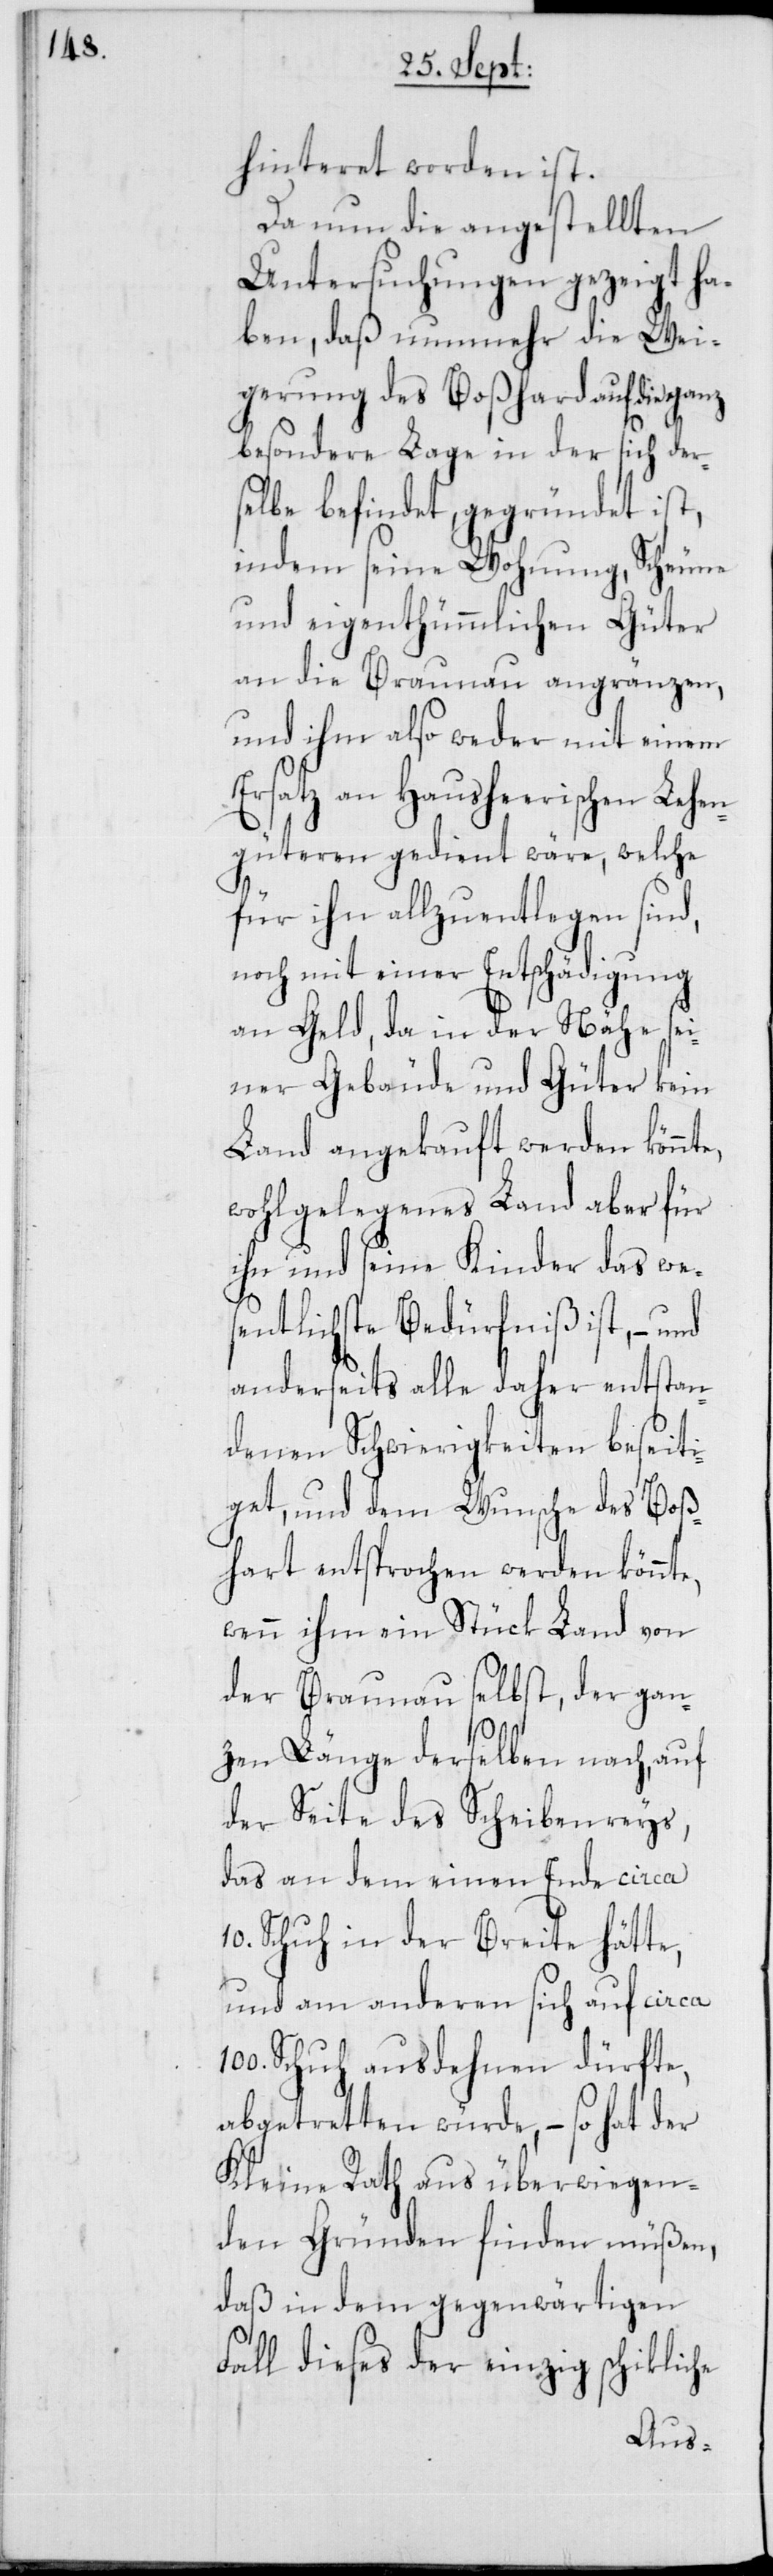
hinteret worden ist.
Da nun die angestellten
Untersuchungen gezeigt ha¬
ben, daß nunmehr die Wei¬
gerung des Boßhard auf die ganz
besondere Lage in der sich der¬
selbe befindet, gegründet ist,
indem seine Wohnung, Scheune
und eigenthümmlichen Güter
an die Braunau angränzen,
und ihm also weder mit einem
Ersatz an Hausheerischen Lehen¬
güteren gedient wäre, welche
für ihn allzuentlegen sind,
noch mit einer Entschädigung
an Geld, da in der Nähe sei¬
ner Gebäude und Güter kein
Land angekauft werden könnte,
wohlgelegenes Land aber für
ihn und seine Kinder das wes¬
entlichste Bedürfniß ist, – und
anderseits alle daher entstan¬
denen Schwierigkeiten beseiti¬
get, und dem Wunsche des Boß¬
hart entsprochen werden könnte,
wenn ihm ein Stück Land von
der Braunau selbst, der gan¬
zen Länge derselben nach, auf
der Seite des Scheibenreys,
das an dem einen Ende circa
10. Schuh in der Breite hätte,
und am anderen sich auf circa
Schuh ausdehnen dürfte,
abgetretten würde, – so hat der
Kleine Rath aus überwiegen¬
den Gründen finden müßen,
daß in dem gegenwärtigen
Fall dieses der einzig schikliche